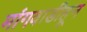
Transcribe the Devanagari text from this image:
मांगवाडीहून